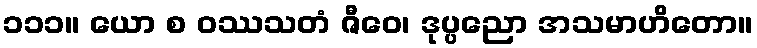
၁၁၁။ ယော စ ဝဿသတံ ဇီဝေ၊ ဒုပ္ပညော အသမာဟိတော။